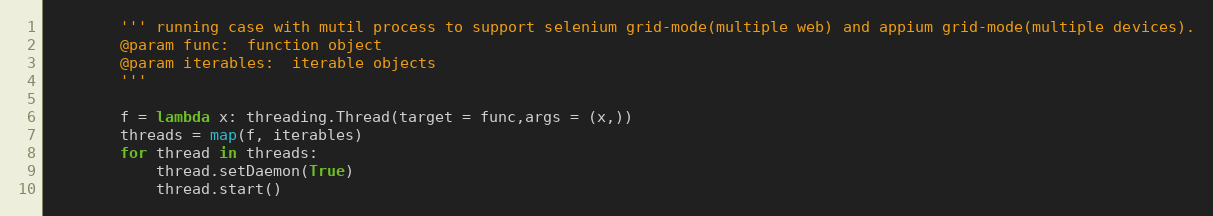
Language: Python
        ''' running case with mutil process to support selenium grid-mode(multiple web) and appium grid-mode(multiple devices).
        @param func:  function object
        @param iterables:  iterable objects
        '''

        f = lambda x: threading.Thread(target = func,args = (x,))
        threads = map(f, iterables)
        for thread in threads:
            thread.setDaemon(True)
            thread.start()